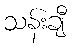
သန်းချီ